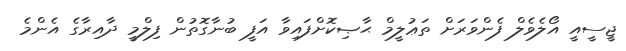
ޖީސީއީ އޯލެވެލް ފެންވަރަށް ތަޢުލީމް ޙާޞިކޮށްފައިވާ އަފީ ބުނާގޮތުން ފިލްމީ ދާއިރާގެ އެންމެ